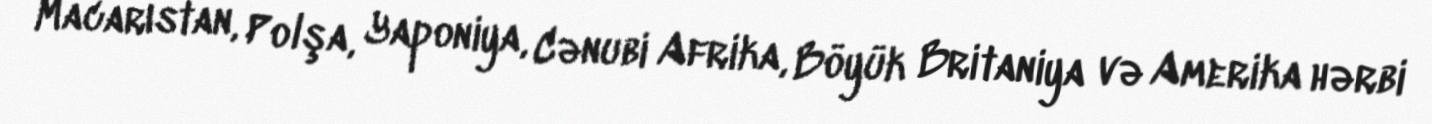
Macarıstan, Polşa, Yaponiya, Cənubi Afrika, Böyük Britaniya və Amerika hərbi